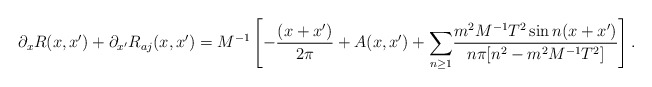
\begin{align*}\partial_{x}R(x,x^{\prime})+\partial_{x^{\prime}}R_{aj}(x,x^{\prime})=M^{-1}\left[-\frac{(x+x^{\prime})}{2\pi}+A(x,x^{\prime}) + {\Large\sum_{n\geq 1}}\frac{m^{2}M^{-1}T^{2} \sin n(x+x^{\prime}) }{n\pi[n^{2} -m^{2}M^{-1}T^{2}]} \right].\end{align*}